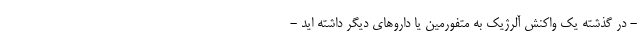
- در گذشته یک واکنش آلرژیک به متفورمین یا داروهای دیگر داشته اید -